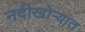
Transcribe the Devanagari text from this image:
नदीखोऱ्यात